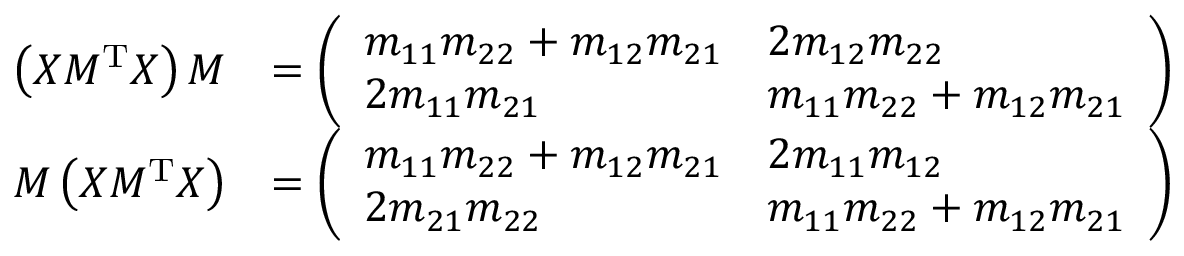
\begin{array} { r l } { \left( X M ^ { \mathrm { T } } X \right) M } & { = \left( \begin{array} { l l } { m _ { 1 1 } m _ { 2 2 } + m _ { 1 2 } m _ { 2 1 } } & { 2 m _ { 1 2 } m _ { 2 2 } } \\ { 2 m _ { 1 1 } m _ { 2 1 } } & { m _ { 1 1 } m _ { 2 2 } + m _ { 1 2 } m _ { 2 1 } } \end{array} \right) } \\ { M \left( X M ^ { \mathrm { T } } X \right) } & { = \left( \begin{array} { l l } { m _ { 1 1 } m _ { 2 2 } + m _ { 1 2 } m _ { 2 1 } } & { 2 m _ { 1 1 } m _ { 1 2 } } \\ { 2 m _ { 2 1 } m _ { 2 2 } } & { m _ { 1 1 } m _ { 2 2 } + m _ { 1 2 } m _ { 2 1 } } \end{array} \right) } \end{array}